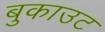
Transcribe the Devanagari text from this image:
बुकाउट